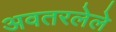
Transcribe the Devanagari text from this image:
अवतरलेले